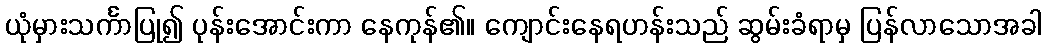
ယုံမှားသင်္ကာပြု၍ ပုန်းအောင်းကာ နေကုန်၏။ ကျောင်းနေရဟန်းသည် ဆွမ်းခံရာမှ ပြန်လာသောအခါ